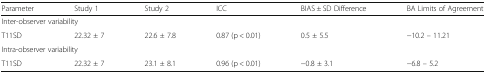
<table><thead><tr><td><b>Parameter</b></td><td><b>Study 1</b></td><td><b>Study 2</b></td><td><b>ICC</b></td><td><b>BIAS ± SD Difference</b></td><td><b>BA Limits of Agreement</b></td></tr></thead><tbody><tr><td colspan="6">Inter-observer variability</td></tr><tr><td>T11SD</td><td>22.32 ± 7</td><td>22.6 ± 7.8</td><td>0.87 (p &lt; 0.01)</td><td>0.5 ± 5.5</td><td>−10.2 – 11.21</td></tr><tr><td colspan="6">Intra-observer variability</td></tr><tr><td>T11SD</td><td>22.32 ± 7</td><td>23.1 ± 8.1</td><td>0.96 (p &lt; 0.01)</td><td>−0.8 ± 3.1</td><td>−6.8 – 5.2</td></tr></tbody></table>